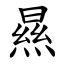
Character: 㬎